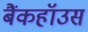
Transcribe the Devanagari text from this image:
बैंकहॉउस